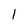
Character: 1